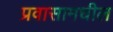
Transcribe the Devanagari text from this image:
प्रवासामधील